Vaccination United Provinces of Agra and Oudh 1914-1922 - 1914-1922
Year: 1914
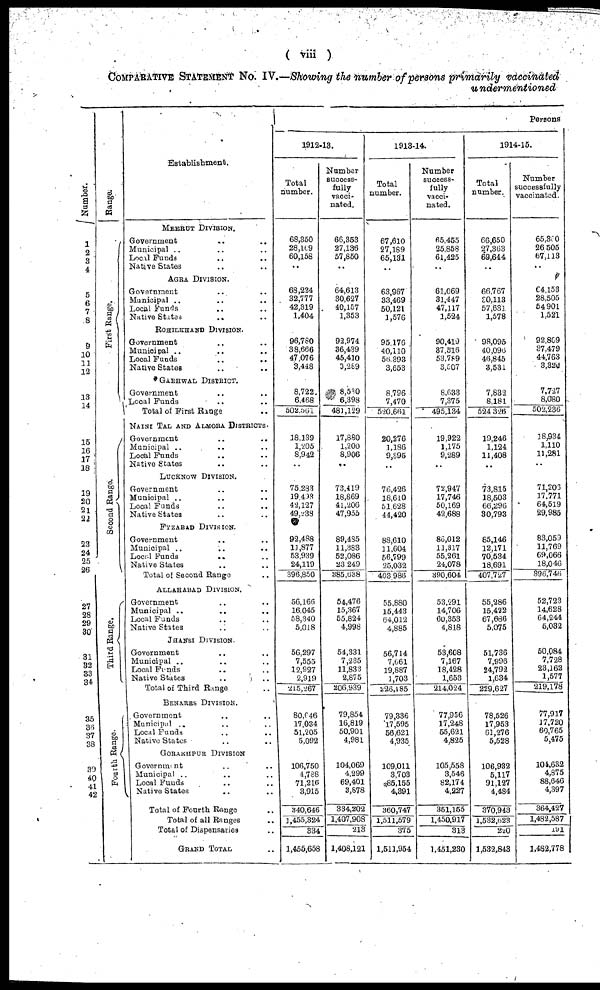
( viii )
COMPARATIVE STATEMENT No. IV.—Showing the number of persons primarily vaccinated
undermentioned
Number.
1
2
3
4
5
6 7
8
9
10
11
12
13
14
15
16
17
18
19
20
21
22
23
24
25
26
27
28
29
30
31
32
33
34
35
36
37
38
39
40 41
42
Range.
First Range.
Second Range.
Third Range.
Fourth Range.
Establishment.
MEERUT DIVISION.
Government .. ..
Municipal .. ..
Local Funds .. ..
Native States .. ..
AGRA DIVISION.
Government .. ..
Municipal .. .. ..
Local Funds .. ..
Native States
.. ..
ROHILKHAND DIVISION.
Government .. ..
Municipal .. ..
Local Funds .. ..
Native States .. ..
GARHWAL DISTRICT.
Government .. ..
Local Funds .. ..
Total of First Range ..
NAINI TAL AND ALMORA DISTRICTS.
Government .. ..
Municipal .. ..
Local Funds .. ..
Native States .. ..
LUCKNOW DIVISION.
Government .. ..
Municipal .. ..
Local Funds .. ..
Native States .. ..
FYZABAD DIVISION
Government .. ..
Municipal .. ..
Local Funds
.. ..
Native States .. ..
Total of Second Range ..
ALLAHABAD DIVISION.
Government .. ..
Municipal .. ..
Local Funds .. ..
Native States .. ..
JHANSI DIVISION
Government .. ..
Municipal .. ..
Local Funds .. ..
Native States .. ..
Total of Third Range ..
BENARES DIVISION.
Government .. ..
Municipal .. ..
Local Funds .. ..
Native States .. ..
GORAKHPUR DIVISION
Government .. ..
Municipal .. ..
Local Funds .. ..
Native States .. ..
Total of Fourth Range ..
Total of all Ranges ..
Total of Dispensaries ..
GRAND TOTAL ..
Persons
1912-13.
Total
number.
69,350
28,169
60,158
..
68,224
32,777
42,319
1,404
98,780
38,666
47,076
3,448
8,722
6,468
502,561
18,139
1,205
8,942
..
75,283
19,498
42,127
49,238
92,488
11,877
53,939
24,119
396,850
56,166
16,045
58.340
5,018
56,297
7,555
12,927
2,919
215,267
80,646
17,034
51,205
5,092
106,750
4,788
71,216
3,915
340,646
1,455,324
334
1,455,658
Number
success-
fully
vacci¬
nated.
66,353
27,136
57,850
..
64,613
30,627
40,157
1,353
92,974
36,439
45,410
3,289
8,530
6,398
481,129
17,880
1,200
8,906
..
73,419
18,869
41,206
47,955
89,485
11,333
52,086
23,249
385,638
54,476
15,367
55,824
4,998
54,331
7,235
11,833
2,875
206,939
79,854
16,819
50,901
4,981
104,069
4,299
69,401
3,878
834,202
1,407,908
213
1,408,121
1913-14.
Total
number.
67,610
27,189
65,131
..
63,967
33,469
50,121
1,576
95,176
40,110
56,393
3,653
8,796
7,470
520,661
20,276
1,186
9,395
..
76,426
18,610
51,628
44,420
88,610
11,604
56,799
25,032
403,980
55,680
15,443
64,012
4,885
56,714
7,661
19,887
1,703
226,185
79,336
17,595
56,621
4,935
109,011
3,703
85,155
4,391
360,747
1,511,579
375
1,511,954
Number
success-
fully
vacci-
nated.
65,455
25,858
61,425
..
61,069
31,447
47,117
1,524
90,419
37,516
53,789
3,507
8,633
7,375
495,134
19,922
1,175
9,289
..
72,947
17,746
50,169
42,688
86,012
11,317
55,261
24,078
390,604
53,291
14,706
60,353
4,618
53,608
7,167
18,428
1,653
214,024
77,956
17,248
55,621
4,825
105,558
3,546
82,174
4,227
351,155
1,450,917
313
1,451,230
1914-15.
Total
number.
66,650
27,363
69,644
..
66,767
30,113
57,631
1,578
98,095
40,096
46,845
3,531
7,632
8,181
524,326
19,246
1,124
11,408
..
73,815
18,503
66,296
30,793
85,146
12,171
70,634
18,691
407,727
55,286
15,492
67,686
5,075
51,736
7,996
24,792
1,634
229,627
78,526
17,953
61,276
5,528
106,932
5,117
91,127
4,484
370,943
1,532,523
220
1,532,843
Number
successfully
vaccinated
65,360
26,505
67,113
..
64,153
28,505
54,901
1,521
92,809
37,479
44,763
3,320
7,727
8,080
502,236
18,934
1,110
11,281
..
71,206
17,771
64,519
29,985
83,059
11,769
69,066
18,046
396,746
52,723
14,628
64,244
5,032
50,084
7,728
23,162
1,577
219,178
77,917
17,720
60,765
5,475
104,632
4,875
88,646
4,397
364,427
1,492,587
191
1,482,778